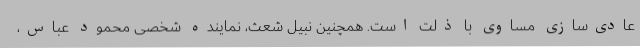
عادی‌سازی مساوی با ذلت است. همچنین نبیل شعث، نماینده شخصی محمود عباس،